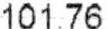
101.76